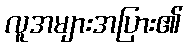
လူအများအပြား၏